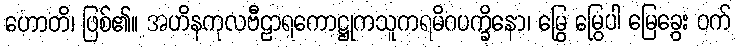
ဟောတိ၊ ဖြစ်၏။ အဟိနကုလဗီဠာရကောဋ္ဌုကသူကရမိဂပက္ခိနော၊ မြွေ မြွေပါ မြေခွေး ဝက်